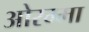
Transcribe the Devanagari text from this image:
ओरम्मा